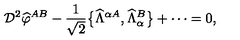
{ \cal D } ^ { 2 } { \widehat \varphi } ^ { A B } - \frac { 1 } { \sqrt 2 } \big \{ { \widehat \Lambda } ^ { \alpha A } , { \widehat \Lambda } _ { \alpha } ^ { B } \big \} + \cdots = 0 ,